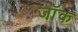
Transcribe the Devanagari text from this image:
जाॅक